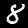
Label: 8